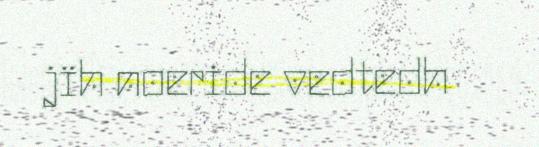
jïh noeride vedtedh